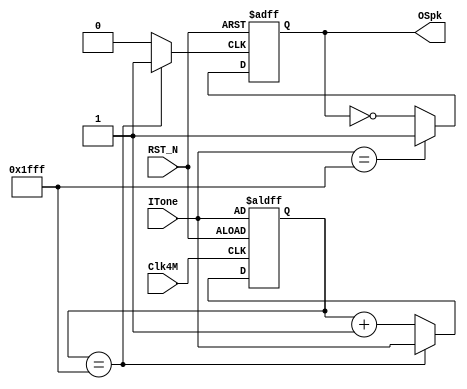
//
//
//
//
//    
///////////////////////////////////////////////
module DCD(Clk4M,RST_N,ITone,OSpk);
input Clk4M, RST_N;
input [12:0] ITone;
output OSpk;
reg OSpk;
reg TSpk;
reg [12:0] TCo;
parameter PLC=13'd8191;
	
always@(posedge Clk4M or negedge RST_N)
begin
	if (~RST_N)
		TCo <= ITone;
	else if (TCo == PLC)
	         TCo <= ITone;
	     else
				TCo <= TCo + 1;

end

always@(TCo)
begin
    if (TCo == PLC)
        TSpk <= 1'b1;
	 else
	     TSpk <= 1'b0;
end

//TSpk
always@(posedge TSpk or negedge RST_N)
begin
    if (~RST_N)
	     OSpk <= 1;
	 else if (ITone ==PLC)
	     OSpk <= 1;
		  else 
			OSpk <= ~OSpk;
  
end
endmodule